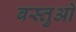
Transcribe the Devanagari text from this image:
बस्तुओ